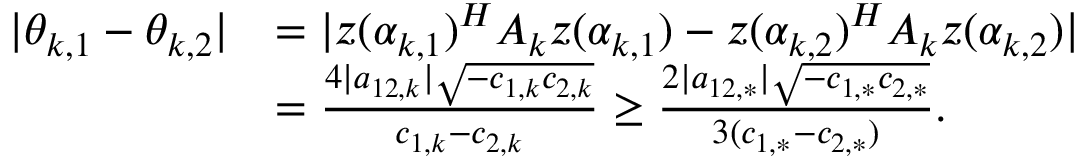
\begin{array} { r l } { | \theta _ { k , 1 } - \theta _ { k , 2 } | } & { = | z ( \alpha _ { k , 1 } ) ^ { H } A _ { k } z ( \alpha _ { k , 1 } ) - z ( \alpha _ { k , 2 } ) ^ { H } A _ { k } z ( \alpha _ { k , 2 } ) | } \\ & { = \frac { 4 | a _ { 1 2 , k } | \sqrt { - c _ { 1 , k } c _ { 2 , k } } } { c _ { 1 , k } - c _ { 2 , k } } \geq \frac { 2 | a _ { 1 2 , * } | \sqrt { - c _ { 1 , * } c _ { 2 , * } } } { 3 ( c _ { 1 , * } - c _ { 2 , * } ) } . } \end{array}